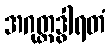
အဂုတ္တဒွါရတံ